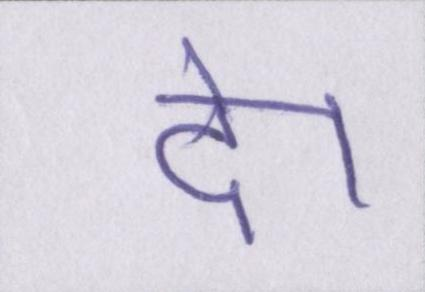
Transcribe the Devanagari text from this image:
दे।